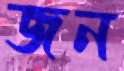
জন